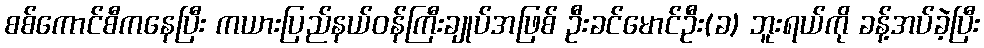
စစ်ကောင်စီကနေပြီး ကယားပြည်နယ်ဝန်ကြီးချုပ်အဖြစ် ဦးခင်မောင်ဦး(ခ) ဘူးရယ်ကို ခန့်အပ်ခဲ့ပြီး